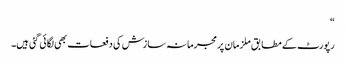
“
رپورٹ کے مطابق ملزمان پر مجرمانہ سازش کی دفعات بھی لگائی گئی ہیں۔